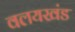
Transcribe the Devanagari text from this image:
वलयखंड